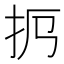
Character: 𢪜